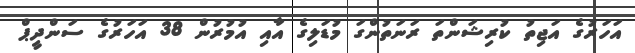
އަހަރުގެ އަޖިތު ކުރިޝަންތަ ރަނަތުންގަ މުޑަލިގެ އާއި އުމުރުން 38 އަހަރުގެ ސަންދީޕް